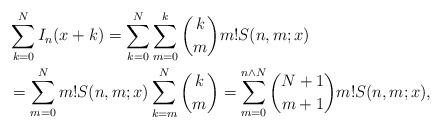
LaTeX: \begin{align*} & \sum_{k=0}^N I_n(x+k)= \sum_{k=0}^N \sum_{m=0}^k \binom{k}{m} m! S(n,m;x) \\ & = \sum_{m=0}^N m! S(n,m;x) \sum_{k=m}^N \binom{k}{m}=\sum_{m=0}^{n\wedge N}\binom{N+1}{m+1}m! S(n,m;x), \end{align*}